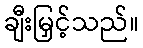
ချီးမြှင့်သည်။